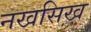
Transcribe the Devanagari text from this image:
नखसिख